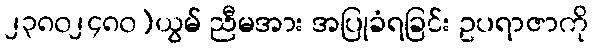
၂၃၈၀၂၄၈၀)ယွမ် ညီမအား အပြုခံရခြင်း ဥပရာဇာကို